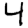
Digit: 4